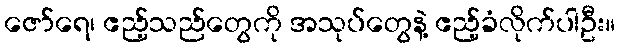
ဇော်ရေ၊ ဧည့်သည်တွေကို အသုပ်တွေနဲ့ ဧည့်ခံလိုက်ပါဦး။